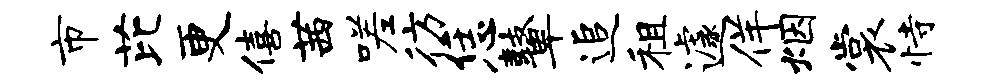
市芘更僖茜嗟彷恁鼙追租遽佯烟裳恃